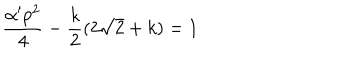
\frac { \alpha ^ { \prime } p ^ { 2 } } { 4 } - \frac { k } { 2 } ( 2 \sqrt { 2 } + k ) = 1